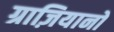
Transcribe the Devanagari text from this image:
ग्राज़ियानो